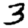
Digit: 3